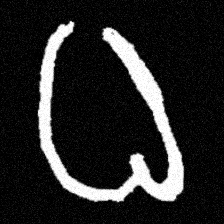
Pyu character \u2014 Myanmar letter: ဓ (romanized: dha)